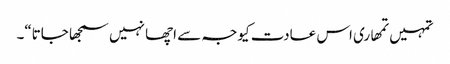
تمہیں تمھاری اس عادت کیوجہ سے اچھا نہیں سمجھا جاتا“۔